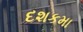
દશકમા